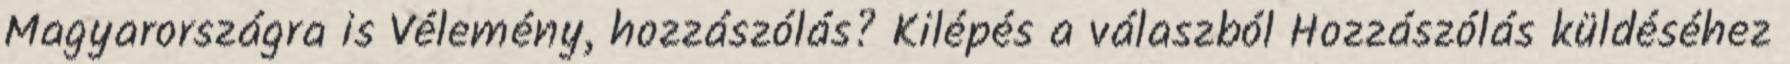
Magyarországra is Vélemény, hozzászólás? Kilépés a válaszból Hozzászólás küldéséhez